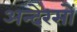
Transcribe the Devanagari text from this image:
अन्देरसों